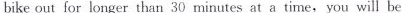
bike out for longer than 30 minutes at a time, you will be